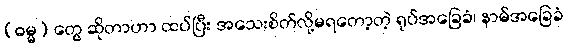
(ဓမ္မ) တွေ ဆိုတာဟာ ထပ်ပြီး အသေးစိတ်လို့မရတော့တဲ့ ရုပ်အခြေခံ၊ နာမ်အခြေခံ